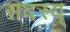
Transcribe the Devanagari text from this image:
सदस्य्